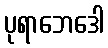
ပုရာဘေဒေါ